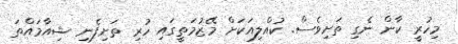
މިހުރީ ކާން ނެގި ތަށިވެސް. ކުއްލިއަކަށް މޭޒުމަތީގައި ހުރި ތަށިފެނި ޝިއާމައްތަ